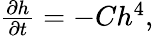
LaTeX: \begin{array}{r}{\frac{\partial h}{\partial t}=-Ch^{4},}\end{array}